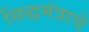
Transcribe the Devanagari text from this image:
सिद्धमंत्राचे